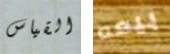
القياس بيعه